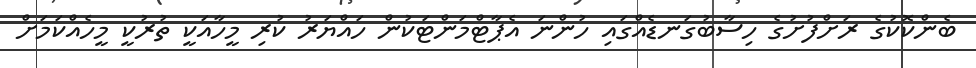
ބެންކޮކުގެ ރަށްފުށުގެ ހިސާބުގަނޑެއްގައި ހުންނަ އެޕާޓްމަންޓަކުން ހައްޔަރު ކުރި މީހާއަކީ ތުރުކީ މީހެއްކަމަށް